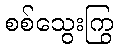
စစ်သွေးကြွ